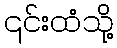
၎င်းထံသို့